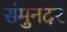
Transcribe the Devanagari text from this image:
संमुनदर